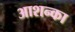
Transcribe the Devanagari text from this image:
आशन्का